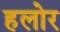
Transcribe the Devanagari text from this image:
हलोर